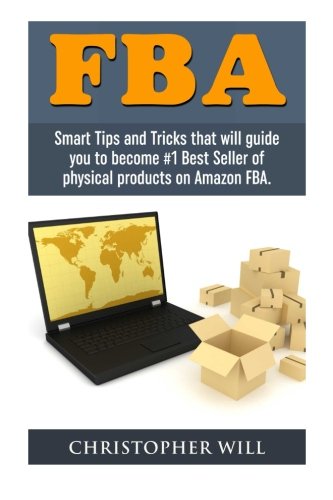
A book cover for FBA: Smart Tips and Tricks that will guide you to become #1 Best Seller of physical products on Amazon FBA. Crack Amazon FBA Secret. Free BONUS chapter included; Christopher Will; Business & Money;